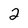
Character: 2